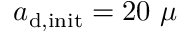
a _ { \mathrm { d , i n i t } } = 2 0 ~ \mu